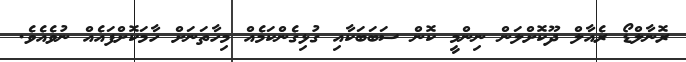
ރޮނާލްޑޯ ރެއާލް ދޫކޮށްލަން ނިންމީ ކޮން ސަބަބަކާއި ގުޅިގެންކަމެއް މިހާތަނަށް ހާމަކޮށްފައެއް ނުވެއެވެ.